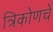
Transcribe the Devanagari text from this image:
त्रिकोणचे